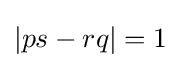
\left\vert ps-rq\right\vert =1